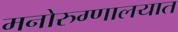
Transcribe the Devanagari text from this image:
मनोरुग्णालयात